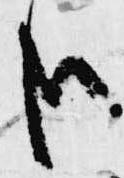
哉